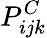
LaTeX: P_{ijk}^{C}